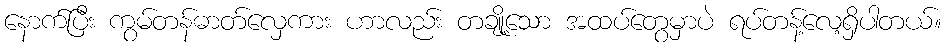
နောက်ပြီး ကွမ်တန်ဓာတ်လှေကား ဟာလည်း တချို့သော အထပ်တွေမှာပဲ ရပ်တန့်လေ့ရှိပါတယ်။